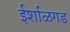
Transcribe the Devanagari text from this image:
ईर्शाळगड